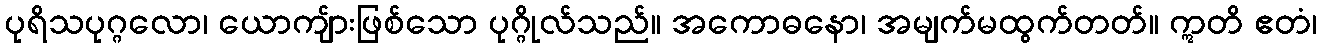
ပုရိသပုဂ္ဂလော၊ ယောကျ်ားဖြစ်သော ပုဂ္ဂိုလ်သည်။ အကောဓနော၊ အမျက်မထွက်တတ်။ ဣတိ ဧတံ၊